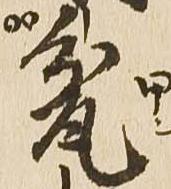
盆